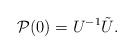
LaTeX: \begin{align*} \mathcal P(0) = U^{-1} \tilde U.\end{align*}